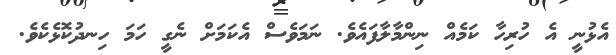
އެޅުނީ އެ ހުރިހާ ކަމެއް ނިންމާލާފައެވެ. ނަމަވެސް އެކަމަށް ނެގީ ހަމަ ހިނދުކޮޅެކެވެ.